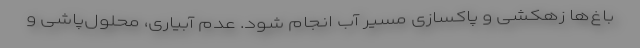
باغ‌ها زهکشی و پاکسازی مسیر آب انجام شود. عدم آبیاری، محلول‌پاشی و